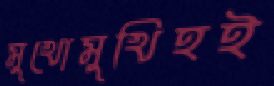
মুখোমুখিহই